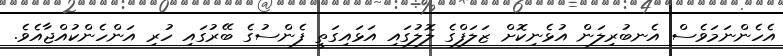
އެހެންނަމަވެސް އެނބުރިލަން އުޅެނިކޮށް ޒަލަފްގެ ލޮލުގައި އަޅައިގަތީ ފެންސުގެ ބޭރުގައި ހުރި އަންހެންކުއްޖާއެވެ.